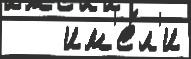
   им'е́л'и